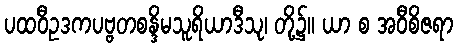
ပထဝီဥဒကပဗ္ဗတစန္ဒိမသူရိယာဒီသု၊ တို့၌။ ယာ စ အဝီစိဇရာ